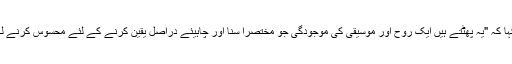
نووآرا نے کہا کہ "یہ پھٹتے ہیں ایک روح اور موسیقی کی موجودگی جو مختصراً سنا اور چاہیئے دراصل یقین کرنے کے لئے محسوس کرنے لگتے ہیں،" ۔